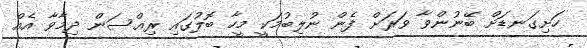
ހަށިގަނޑަށް ބޭނުންވާ ވަރަށް ފެން ނުލިބުމަކީ މީހާ ބޮލުގައި ރިއްސަން ދިމާވާ އެއް